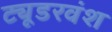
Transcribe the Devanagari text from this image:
ट्यूडरवंश